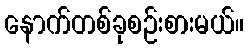
နောက်တစ်ခုစဉ်းစားမယ်။